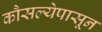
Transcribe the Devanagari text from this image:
कौसल्येपासून